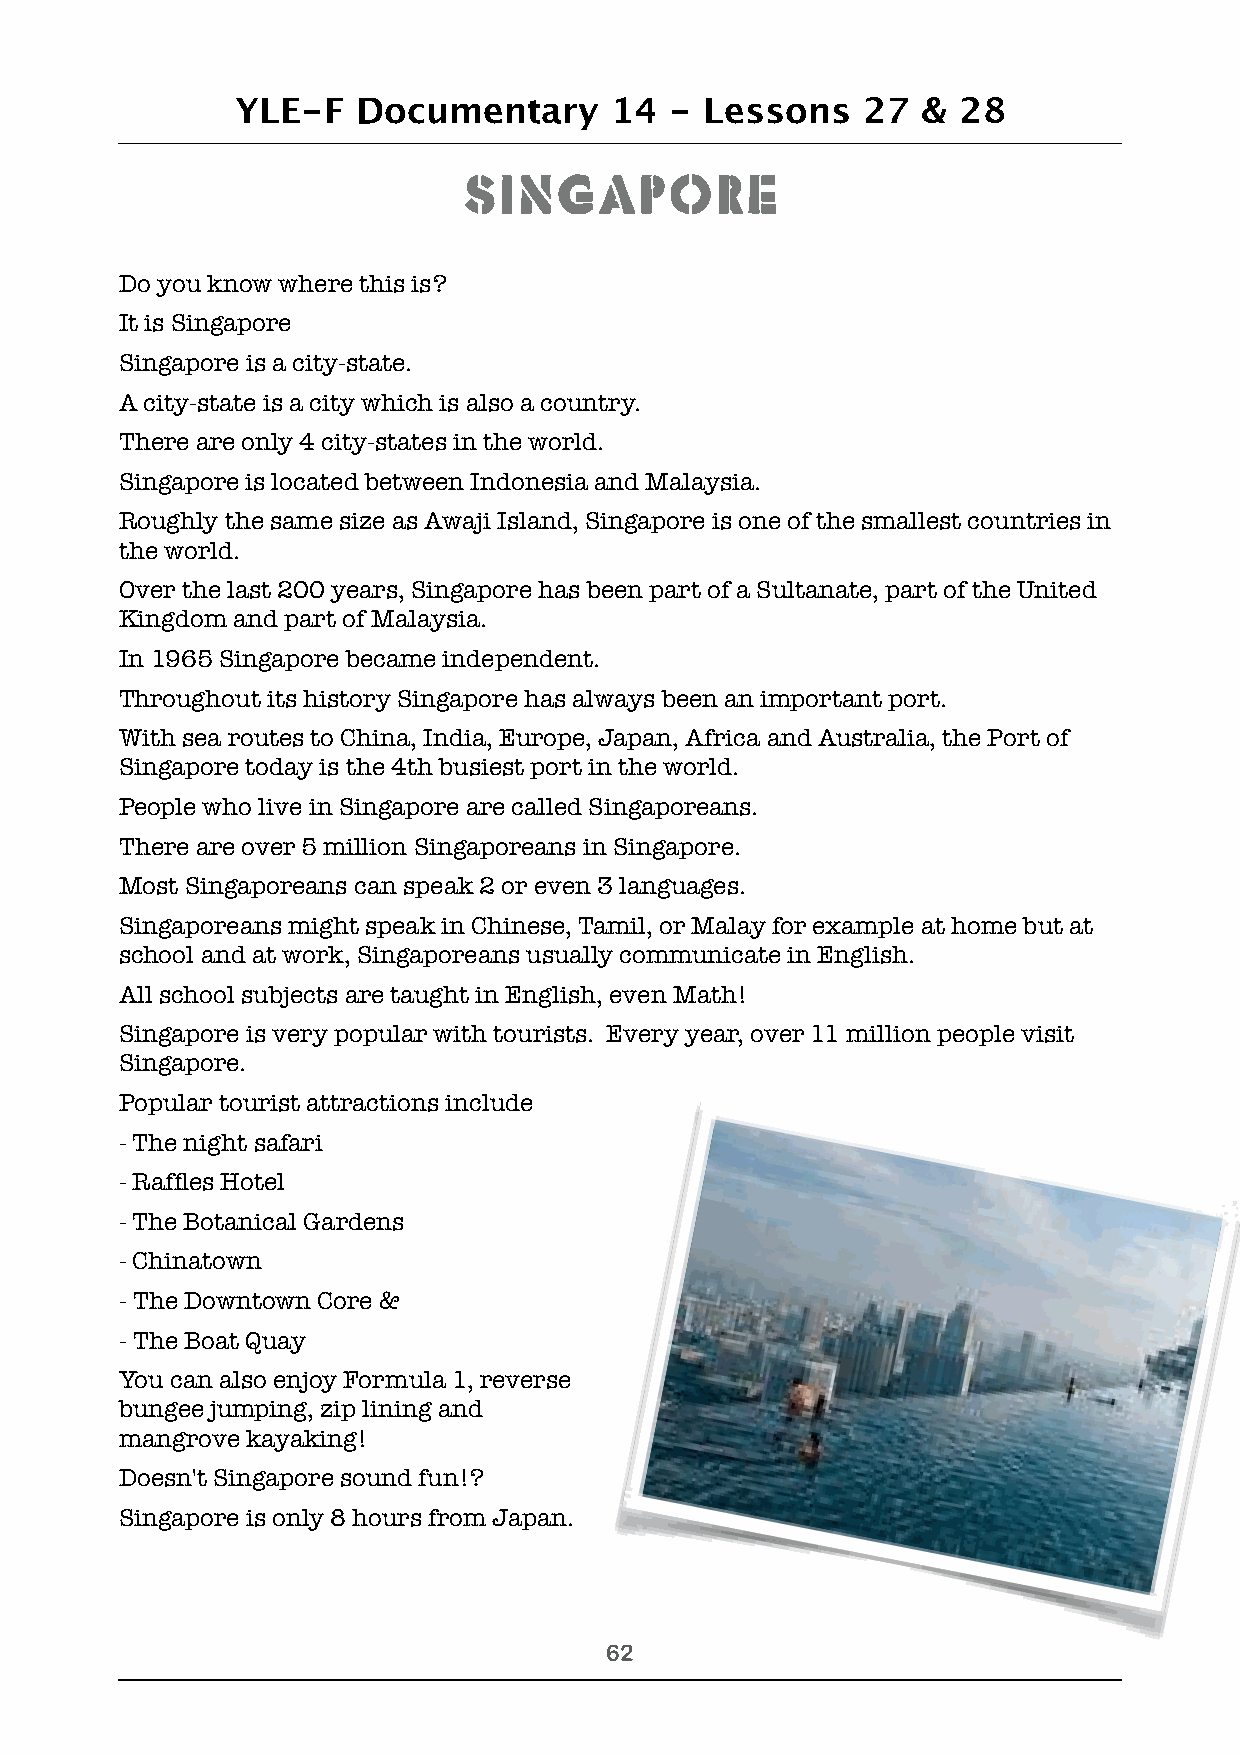
YLE-F   Documentary     14  -  Lessons   27  & 28
 Singapore
 Do you know where this is?
 It is Singapore
 Singapore is a city-state.
 A city-state is a city which is also a country.
 There are only 4 city-states in the world.
 Singapore is located between Indonesia and Malaysia.
 Roughly the same size as Awaji Island, Singapore is one of the smallest countries in
 the world.
 Over the last 200 years, Singapore has been part of a Sultanate, part of the United
 Kingdom and part of Malaysia.
 In 1965 Singapore became independent.
 Throughout its history Singapore has always been an important port.
 With sea routes to China, India, Europe, Japan, Africa and Australia, the Port of
 Singapore today is the 4th busiest port in the world.
 People who live in Singapore are called Singaporeans.
 There are over 5 million Singaporeans in Singapore.
 Most Singaporeans can speak 2 or even 3 languages.
 Singaporeans might speak in Chinese, Tamil, or Malay for example at home but at
 school and at work, Singaporeans usually communicate in English.
 All school subjects are taught in English, even Math!
 Singapore is very popular with tourists. Every year, over 11 million people visit
 Singapore.
 Popular tourist attractions include
 - The night safari
 - Raffles Hotel
 - The Botanical Gardens
 - Chinatown
 - The Downtown Core &
 - The Boat Quay
 You can also enjoy Formula 1, reverse
 bungee jumping, zip lining and
 mangrove kayaking!
 Doesn't Singapore sound fun!?
 Singapore is only 8 hours from Japan.
 !62